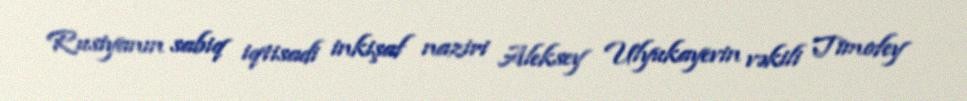
Rusiyanın sabiq iqtisadi inkişaf naziri Aleksey Ulyukayevin vəkili Timofey